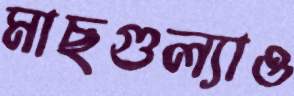
মাছগুল্যাও